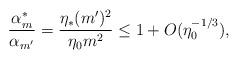
LaTeX: \begin{align*}\frac{\alpha_m^*}{\alpha_{m'}}=\frac{\eta_*(m')^2}{\eta_0m^2}\leq1+O(\eta_0^{-1/3}),\end{align*}